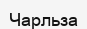
Чарльза